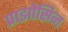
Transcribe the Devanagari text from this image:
प्राझोसिन